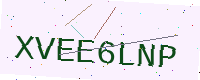
Text: XVEE6LNP